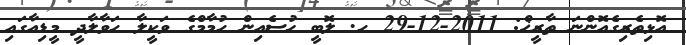
އޮޅިތެރިގެއޮންނަ ތާރީޚް: 2011-12-29 ހ. ލޮބީ ޙުސެއިން ހުމާމްގެ ވަކީލާ ހަވާލާދީ މީޑިއާގައި